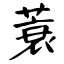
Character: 蓑